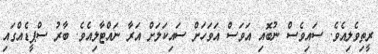
ރީތިވެލިއެވެ. ސައިވެސް ނުބޮއި އަވަސް އަވަހަށް ސައިކަލަށް އަރާ ނައްޓާލިއެވެ. ބާރު ސްޕީޑެއްގައި